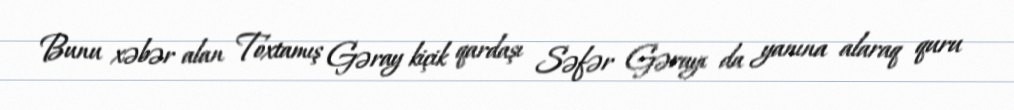
Bunu xəbər alan Toxtamış Gəray kiçik qardaşı Səfər Gərayı da yanına alaraq quru